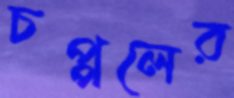
চপ্পলের